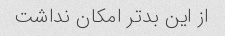
از این بدتر امکان نداشت